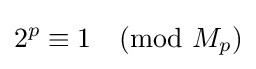
2^{p}\equiv 1{\pmod {M_{p}}}